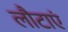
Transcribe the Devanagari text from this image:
लौटाएं